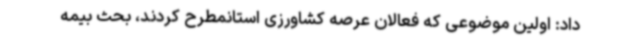
داد: اولین موضوعی که فعالان عرصه کشاورزی استانمطرح کردند، بحث بیمه